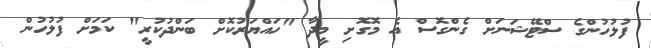
ފުލުހުންގެ ސްޓޭޝަނަށް ގެންގޮސް އެ މޮގޮށި މީދާ "ހައްޔަރުކޮށް ބަންދުކުރީ" ކަމަށް ފުލުހުން